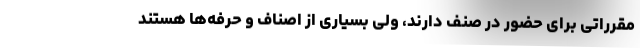
مقرراتی برای حضور در صنف دارند، ولی بسیاری از اصناف و حرفه‌ها هستند